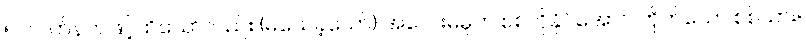
၅။ လက်နက်ဖြင့်ထိသော်လည်း (မသေခဲ့သော်) အလေးမမူဘဲ စစ်ကိုနိုင်အောင် တိုက်သော စစ်သား။